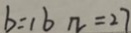
b = 1 b n = 2 7